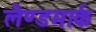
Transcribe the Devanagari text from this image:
लैण्‍डमार्क